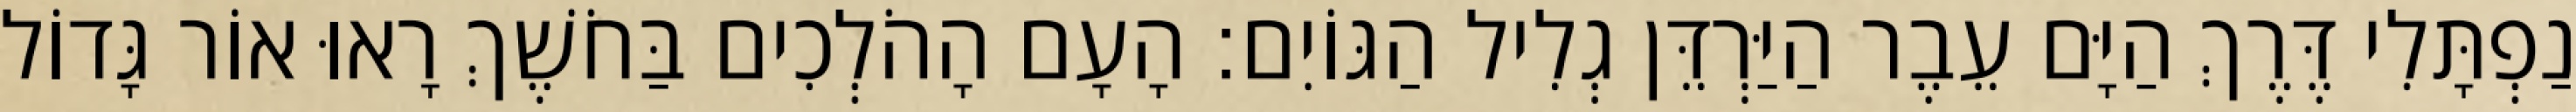
נַפְתָּלִי דֶּרֶךְ הַיָּם עֵבֶר הַיַּרְדֵּן גְלִיל הַגּוֹיִם׃ הָעָם הָהֹלְכִים בַּחֹשֶׁךְ רָאוּ אוֹר גָּדוֹל